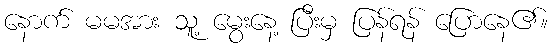
နောက် မမအား သူ့ မွေးနေ့ ပြီးမှ ပြန်ရန် ပြောနေ၏။